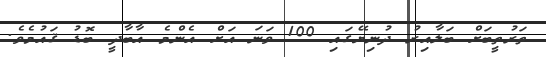
ތަރުތީބަށް ބަލާއިރު ދުނިޔޭގައި 100 ވަނަ އަށް އެންމެ އާބާދީ ބޮޑު ޤައުމެވެ.